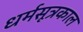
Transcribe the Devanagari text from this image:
धर्मसूत्रकाल